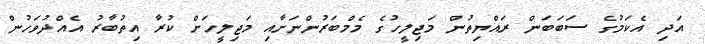
އަދި އެކަމުގެ ސަބަބަން ރައްޔިތުން މަޖިލީހުގެ މެމްބަރުންނަށާއި މަޖިލީހަށް ކުރާ އިތުބާރު އެއްދުވަހުން